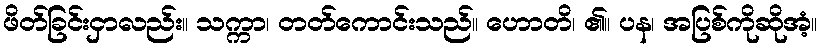
ဖိတ်ခြင်းငှာလည်း။ သက္ကာ၊ တတ်ကောင်းသည်။ ဟောတိ၊ ၏။ ပန၊ အပြစ်ကိုဆိုအံ့။